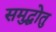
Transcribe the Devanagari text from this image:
समुद्धोतु